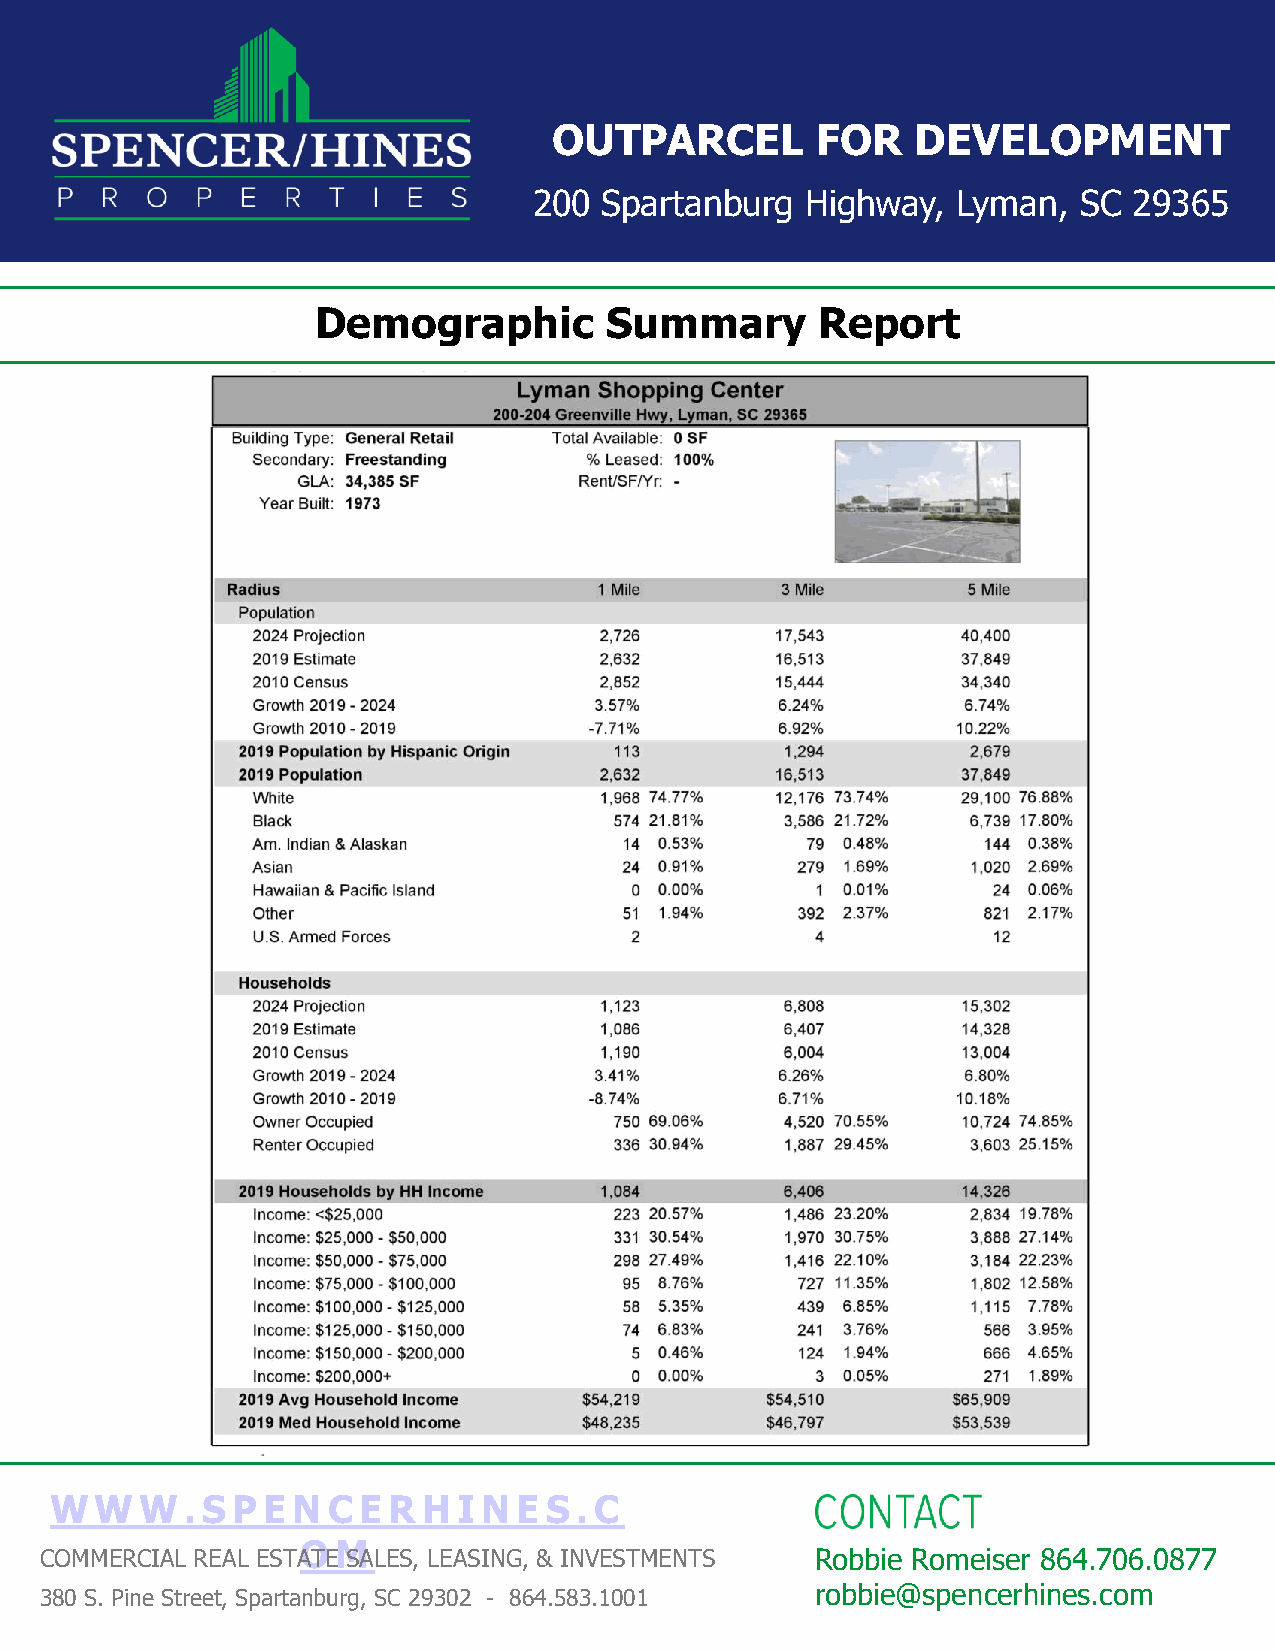
OUTPARCEL        FOR    DEVELOPMENT
 200  Spartanburg  Highway,  Lyman,   SC 29365
 Demographic        Summary       Report
 WWW.SP        EN   CERH    I N ES.C
 O M
 COMMERCIAL REAL ESTATE SALES, LEASING, & INVESTMENTS Robbie Romeiser 864.706.0877
 robbie@spencerhines.com
 380 S. Pine Street, Spartanburg, SC 29302 - 864.583.1001